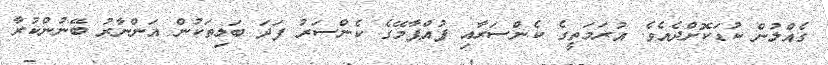
ގެއްލުން ކުޑަކޮށްދެއެވެ. އުރަމަތީގެ ކެންސަރާއި ފުއްޕާމޭގެ ކެންސަރު ފަދަ ބަލިތަކުން އަންނާރު ބޭނުންކުރާ